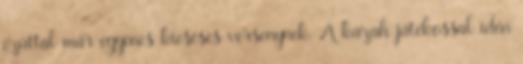
ezúttal már egyenes kieséses versenynek. A kazah játékossal idén